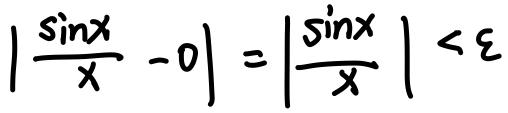
$\left|\frac{\sin x}{x}-0\right|=\left|\frac{\sin x}{x}\right|<\varepsilon$